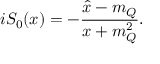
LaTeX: i S _ { 0 } ( x ) = - { \frac { \hat { x } - m _ { Q } } { x + m _ { Q } ^ { 2 } } } .